Leaving Certificate Examination (including Day School Certificate (Higher) General paper), 1926
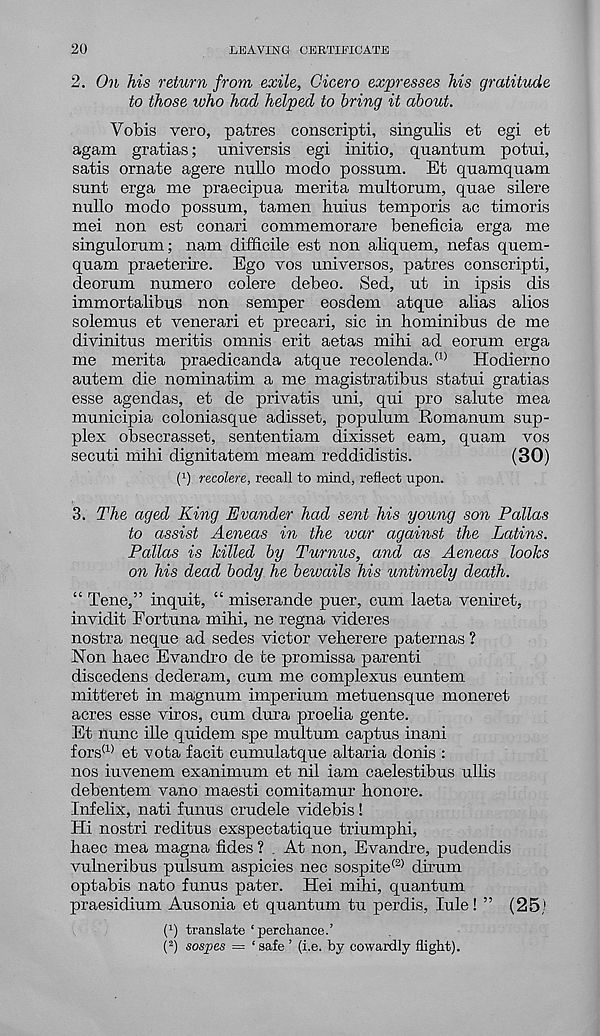
20
LEAVING CERTIFICATE
2. On his return from exile, Cicero expresses his gratitude
to those who had helped to bring it about.
Yobis vero, patres conscripti, singulis et egi et
agam gratias; universis egi initio, quantum potui,
satis ornate agere nullo modo possum. Et quamquam
sunt erga me praecipua merita multorum, quae silere
nullo modo possum, tamen huius temporis ac timoris
mei non est conari commemorare beneficia erga me
singulorum; nam difficile est non aliquem, nefas quem-
quam praeterire. Ego vos universos, patres conscripti,
deorum numero colere debeo. Sed, ut in ipsis dis
immortalibus non semper eosdem atque alias alios
solemus et venerari et precari, sic in hominibus de me
divinitus meritis omnis erit aetas mihi ad eorum erga
me merita praedicanda atque recolenda. (1) Hodierno
autem die nominatim a me magistratibus statui gratias
esse agendas, et de privatis uni, qui pro salute mea
municipia coloniasque adisset, populum Romanum sup-
plex obsecrasset, sententiam dixisset earn, quam vos
secuti mihi dignitatem meam reddidistis.
(30)
( 1 ) recolere, recall to mind, reflect upon.
3. The aged King Evander had sent his young son Pallas
to assist Aeneas in the war against the Latins.
Pallas is killed by Turnus, and as Aeneas looks
on his dead body he bewails his untimely death.
“ Tene,” inquit, “ miserande puer, cum laeta veniret,
invidit Fortuna mihi, ne regna videres
nostra neque ad sedes victor veherere paternas ?
Non haec Evandro de te promissa parenti
discedens dederam, cum me complexus euntem
mitteret in magnum imperium metuensque moneret
acres esse viros, cum dura proelia gente.
Et nunc ille quidem spe multum captus inani
fors (1) et vota facit cumulatque altaria donis :
nos iuvenem exanimum et nil iam caelestibus ullis
debentem vano maesti comitamur honore.
Infelix, nati funus crudele videbis!
Hi nostri reditus exspectatique triumphi,
haec mea magna fides ? At non, Evandre, pudendis
vulneribus pulsum aspicies nec sospite (2) dirum
optabis nato funus pater. Hei mihi, quantum
praesidium Ausonia et quantum tu perdis, lule! ” (25)
P) translate ‘perchance.’
( 2 ) sospes = ‘ safe ’ (i.e. by cowardly flight).